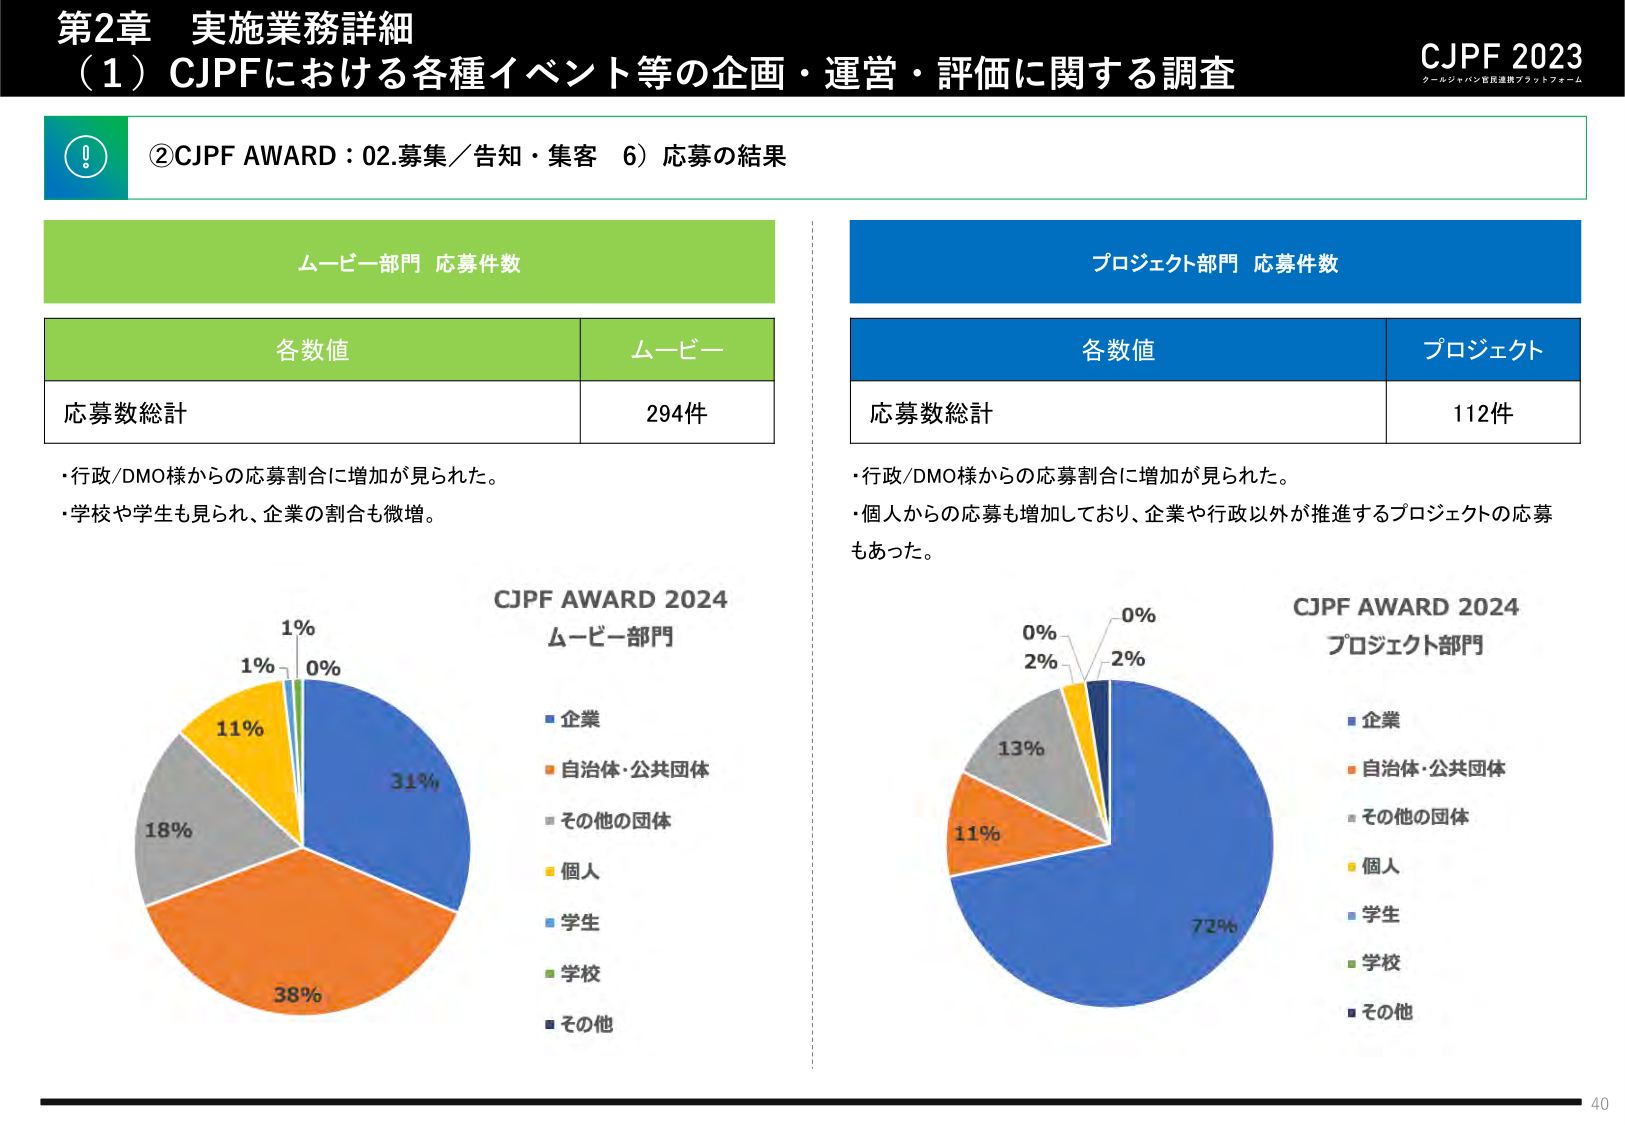
第2章 実施業務詳細
（1）CJPFにおける各種イベント等の企画・運営・評価に関する調査
CJPF 2023
クールジャパン官民連携プラットフォーム

②CJPF AWARD：02.募集／告知・集客 6）応募の結果

ムービー部門 応募件数
各数値 ムービー
応募数総計 294件
・行政/DMO様からの応募割合に増加が見られた。
・学校や学生も見られ、企業の割合も微増。

プロジェクト部門 応募件数
各数値 プロジェクト
応募数総計 112件
・行政/DMO様からの応募割合に増加が見られた。
・個人からの応募も増加しており、企業や行政以外が推進するプロジェクトの応募もあった。

CJPF AWARD 2024
ムービー部門
■企業
■自治体・公共団体
■その他の団体
■個人
■学生
■学校
■その他

CJPF AWARD 2024
プロジェクト部門
■企業
■自治体・公共団体
■その他の団体
■個人
■学生
■学校
■その他

1%
1%
0%
11%
31%
18%
38%
0%
2%
0%
2%
13%
11%
72%

40